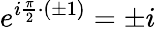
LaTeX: e^{i\frac{\pi}{2}\cdot(\pm 1)}=\pm i